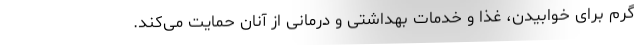
گرم برای خوابیدن، غذا و خدمات بهداشتی و درمانی از آنان حمایت می‌کند.